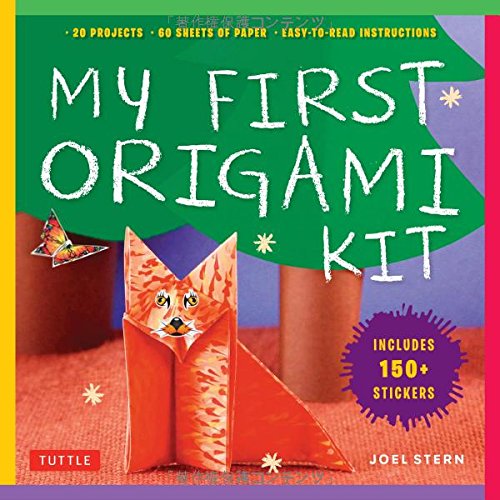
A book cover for My First Origami Kit: [Origami Kit with Book, 60 Papers, 150 Stickers, 20 Projects]; Joel Stern; Crafts, Hobbies & Home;